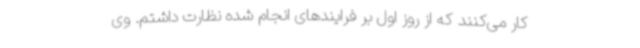
کار می‌کنند که از روز اول بر فرایندهای انجام شده نظارت داشتم. وی